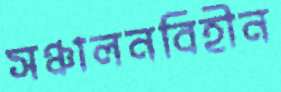
সঞ্চালনবিহীন